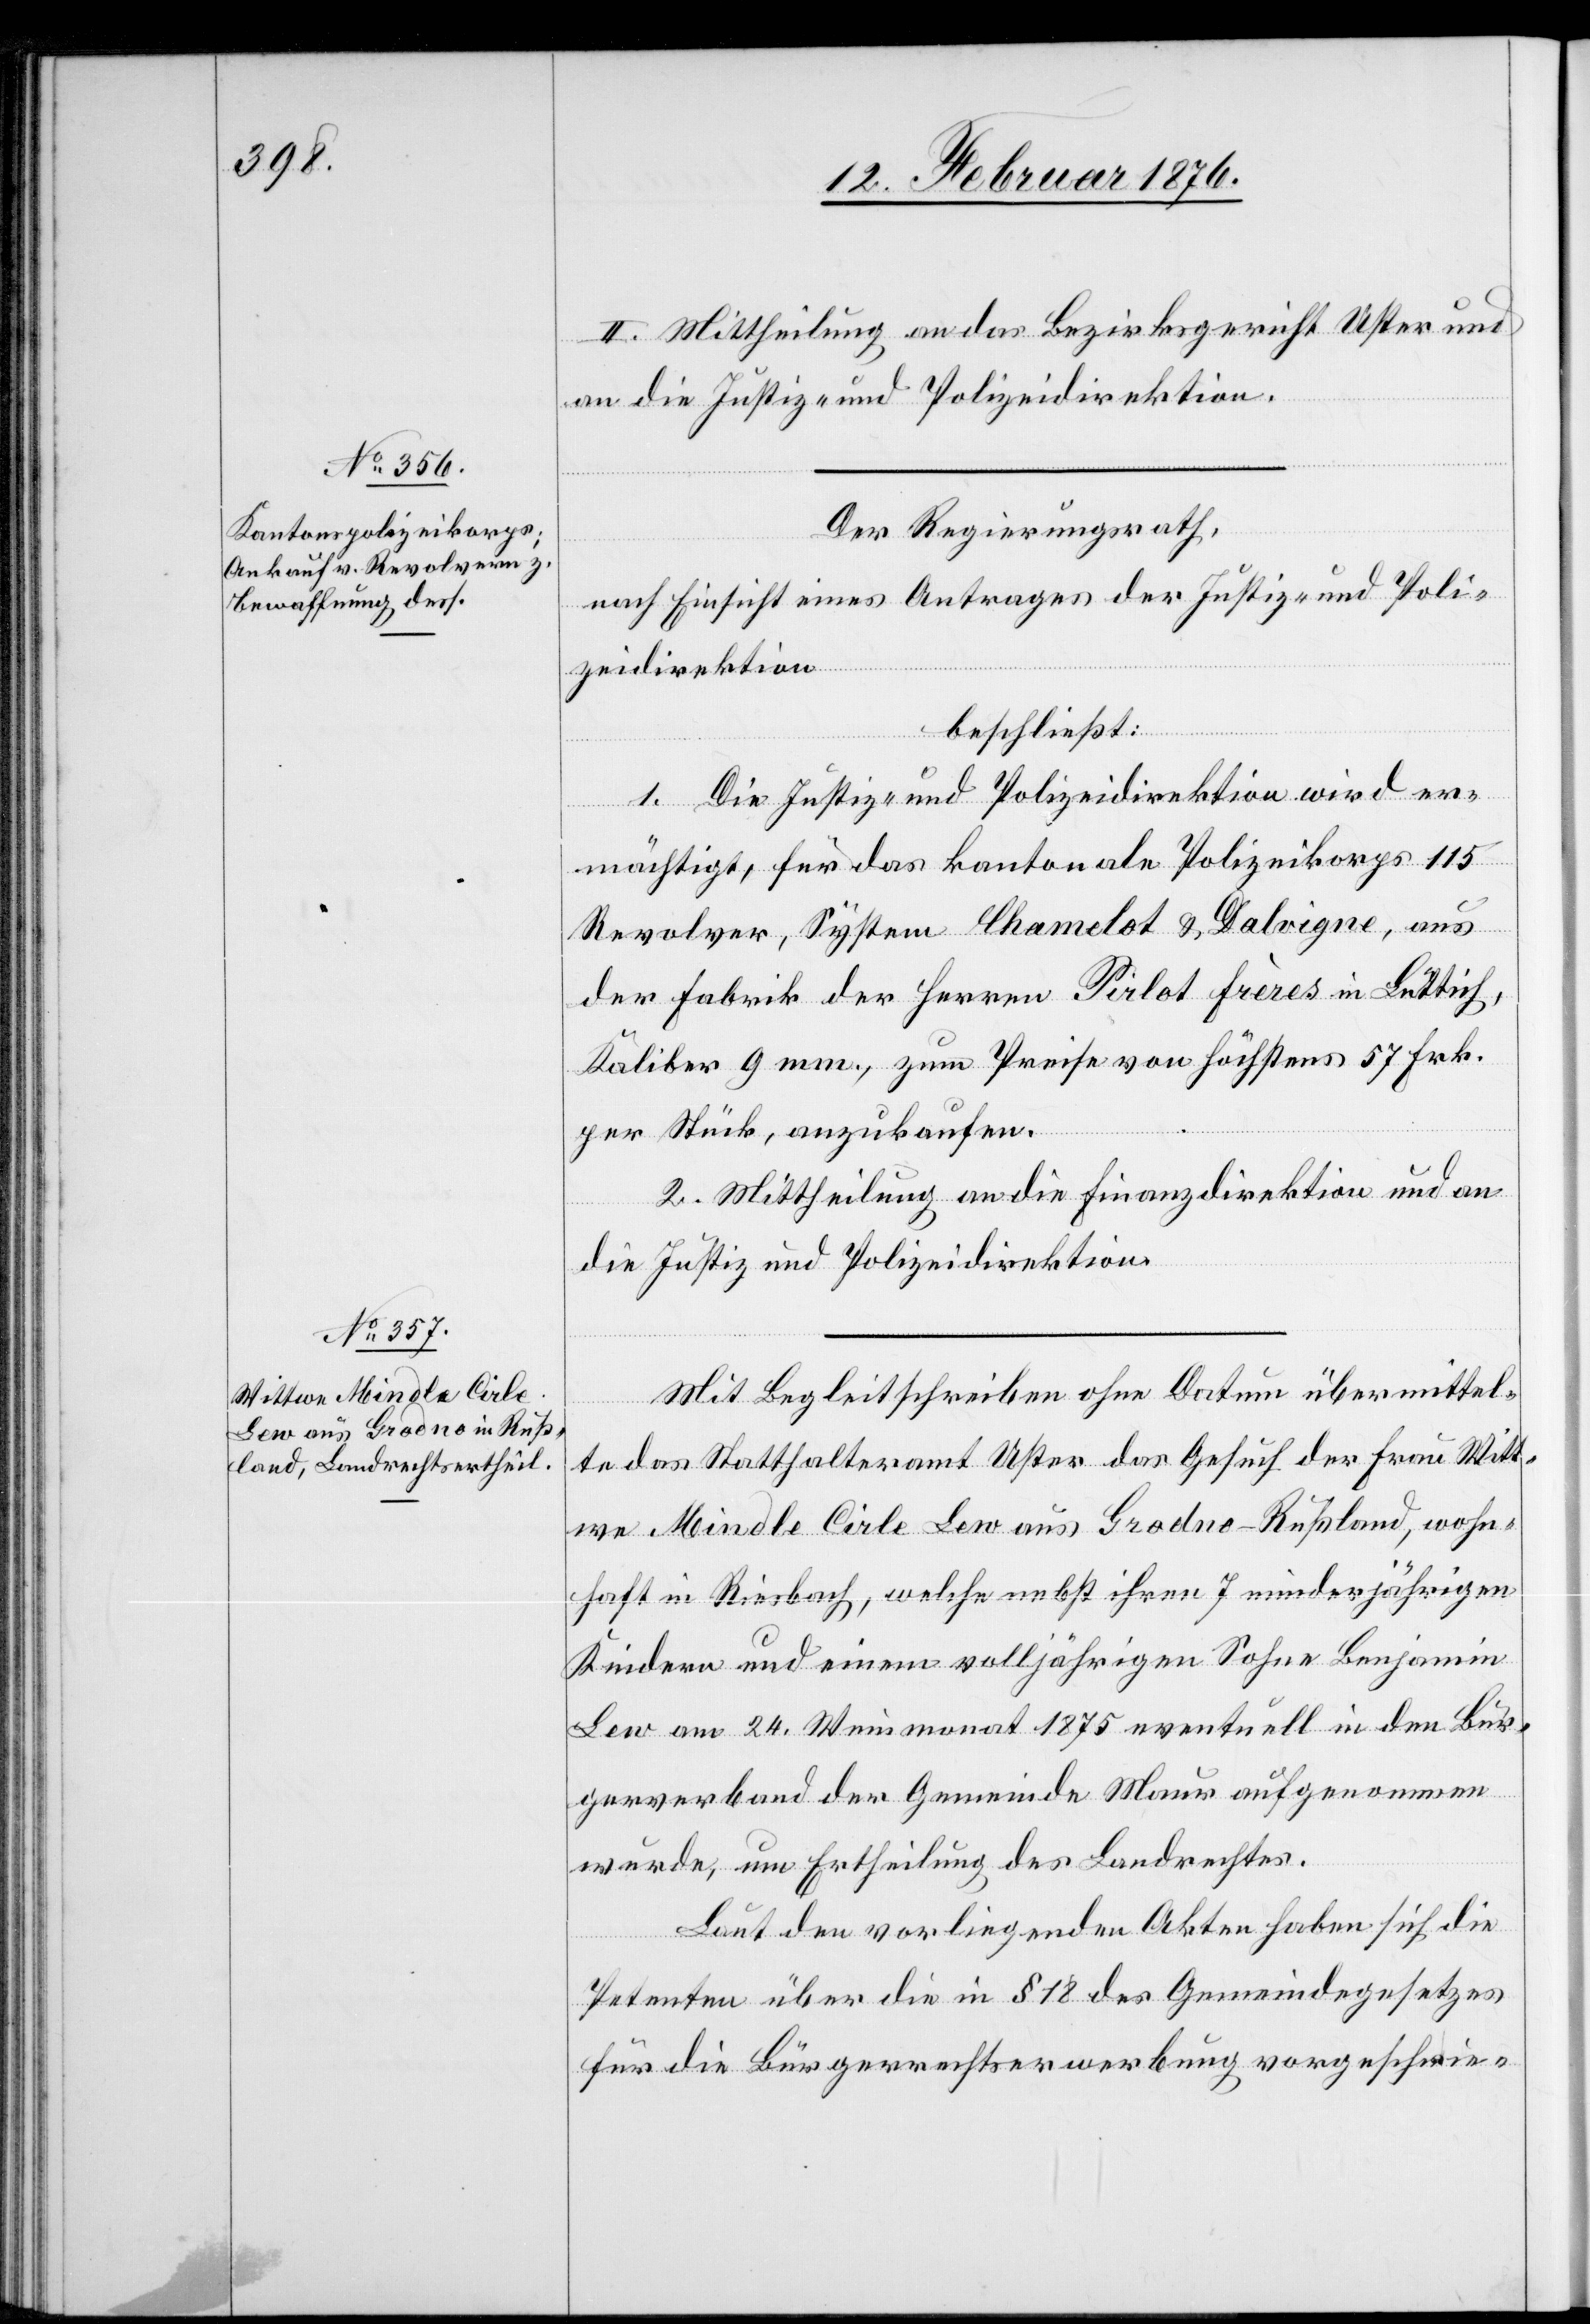
II. Mittheilung an das Bezirksgericht Uster und
an die Justiz- und Polizeidirektion.
Der Regierungsrath,
nach Einsicht eines Antrages der Justiz- und Poli¬
zeidirektion
beschließt:
1. Die Justiz- und Polizeidirektion wird er¬
mächtigt, für das kantonale Polizeikorps 115
Revolver, System Chamelot & Dalvigne, aus
der Fabrik der Herren Pirlot frères in Lüttich,
Kaliber 9 mm, zum Preise von Höchstens 57 Frk.
per Stück, anzukaufen.
2. Mittheilung an die Finanzdirektion und an
die Justiz und Polizeidirektion.
Mit Begleitschreiben ohne Datum übermittel¬
te das Statthalteramt Uster das Gesuch der Frau Witt¬
we Mindle Cirle Lew aus Grodno-Rußland, wohn¬
haft in Riesbach, welche nebst ihren 7 minderjährigen
Kindern und einem volljährigen Sohne Benjamin
Lew am 24. Weinmonat 1875 eventuell in den Bür¬
gerverband der Gemeinde Maur aufgenommen
wurde, um Ertheilung des Landrechtes.
Laut den vorliegenden Akten haben sich die
Petenten über die in § 18 des Gemeindegesetzes
für die Bürgerrechtserwerbung vorgeschrie-